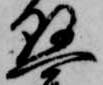
懸